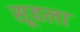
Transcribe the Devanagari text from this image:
सूवला